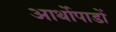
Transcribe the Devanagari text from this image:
आर्थोपाडों